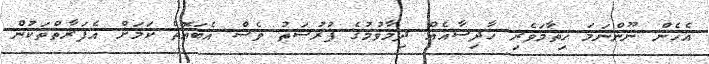
އެހެން ނޫންނަމަ ހިތާމަވެރި ހާދިސާއެއް ދިމާވުމުގެ ފުރުސަތު ވެސް އެބައޮތް ކަމަށް އެފަރާތްތަކުން